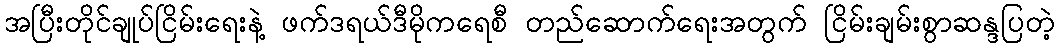
အပြီးတိုင်ချုပ်ငြိမ်းရေးနဲ့ ဖက်ဒရယ်ဒီမိုကရေစီ တည်ဆောက်ရေးအတွက် ငြိမ်းချမ်းစွာဆန္ဒပြတဲ့